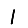
Digit: 1